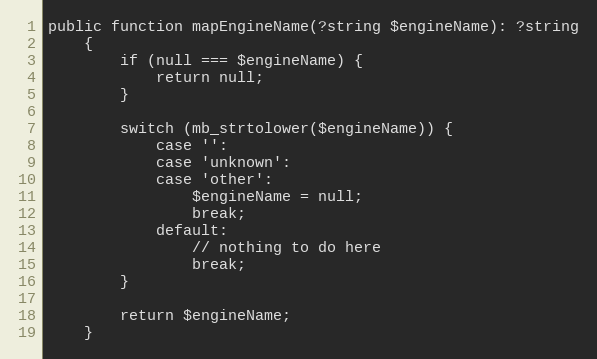
Language: PHP
public function mapEngineName(?string $engineName): ?string
    {
        if (null === $engineName) {
            return null;
        }

        switch (mb_strtolower($engineName)) {
            case '':
            case 'unknown':
            case 'other':
                $engineName = null;
                break;
            default:
                // nothing to do here
                break;
        }

        return $engineName;
    }